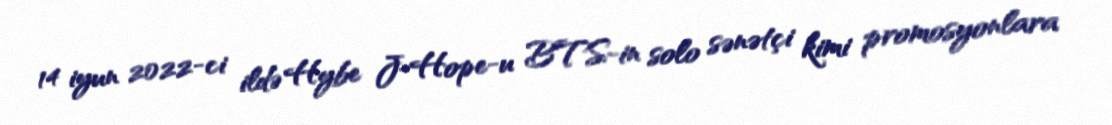
14 iyun 2022-ci ildə Hybe J-Hope-u BTS-in solo sənətçi kimi promosyonlara